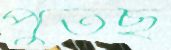
পুঁতছ